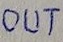
Text: OUT